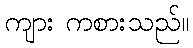
ကျား ကစားသည်။